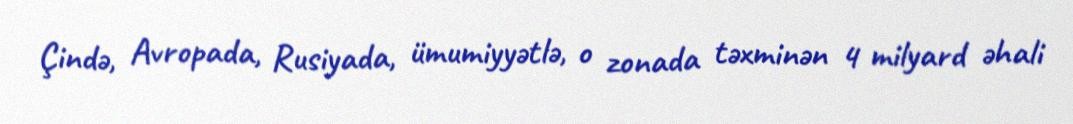
Çində, Avropada, Rusiyada, ümumiyyətlə, o zonada təxminən 4 milyard əhali